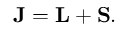
\mathbf { J } = \mathbf { L } + \mathbf { S } .